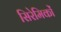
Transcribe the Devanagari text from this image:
सिरेमिकों